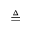
\triangleq